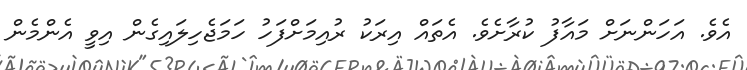
އެވެ. އަހަންނަށް މައާފު ކުރާށެވެ. އެތައް އިރަކު ރުއިމަށްފަހު ހަމަޖެހިލައިގެން އިވީ އެންމެން